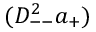
( D _ { -- } ^ { 2 } a _ { + } )